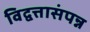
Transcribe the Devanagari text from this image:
विद्वत्तासंपन्न